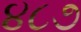
૪૮૭